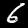
Digit: 6